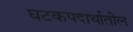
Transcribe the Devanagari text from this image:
घटकपदार्थातील